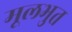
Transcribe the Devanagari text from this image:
मूलभुत